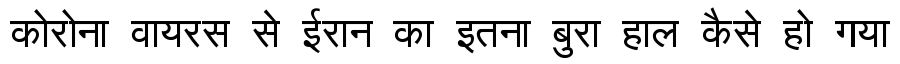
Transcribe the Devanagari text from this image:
कोरोना वायरस से ईरान का इतना बुरा हाल कैसे हो गया